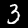
Digit: 3